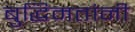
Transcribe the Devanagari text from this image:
बुद्धिमतांनी